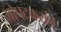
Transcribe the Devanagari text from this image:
भोपटकरांचे